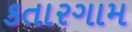
કતારગામ